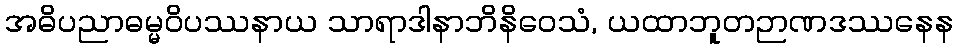
အဓိပညာဓမ္မဝိပဿနာယ သာရာဒါနာဘိနိဝေသံ, ယထာဘူတဉာဏဒဿနေန